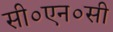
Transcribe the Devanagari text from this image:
सी०एन०सी